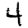
Digit: 4